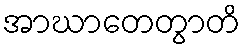
အာဃာတေတွာတိ